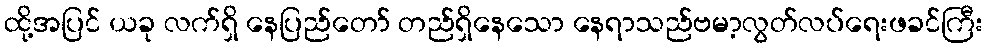
ထို့အပြင် ယခု လက်ရှိ နေပြည်တော် တည်ရှိနေသော နေရာသည်ဗမာ့လွတ်လပ်ရေးဖခင်ကြီး